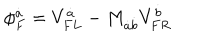
\phi _ { F } ^ { \dot { a } } = V _ { F L } ^ { \dot { a } } - M _ { \dot { a } \dot { b } } V _ { F R } ^ { \dot { b } }